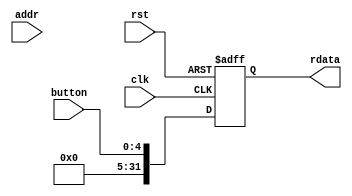
module Buttons (
   input wire        clk,
   input wire        rst,
   input wire [31:0] addr,
   input wire [ 4:0] button,

   output reg [31:0] rdata
);

   always @(posedge clk or posedge rst) begin
      if (rst) begin
         rdata <= 32'h0;
      end 
      
      else rdata = {27'b0, button};
   end


endmodule //Buttons